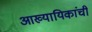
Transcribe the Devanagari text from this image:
आख्यायिकांची